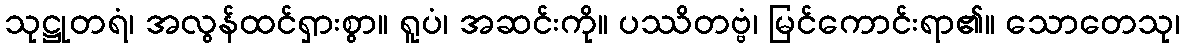
သုဋ္ဌုတရံ၊ အလွန်ထင်ရှားစွာ။ ရူပံ၊ အဆင်းကို။ ပဿိတဗ္ဗံ၊ မြင်ကောင်းရာ၏။ သောတေသု၊